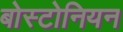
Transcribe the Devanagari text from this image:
बोस्टोनियन